Civil Veterinary Department. Madras. Admin. report 1926-33 - 1926-1933
Year: 1926
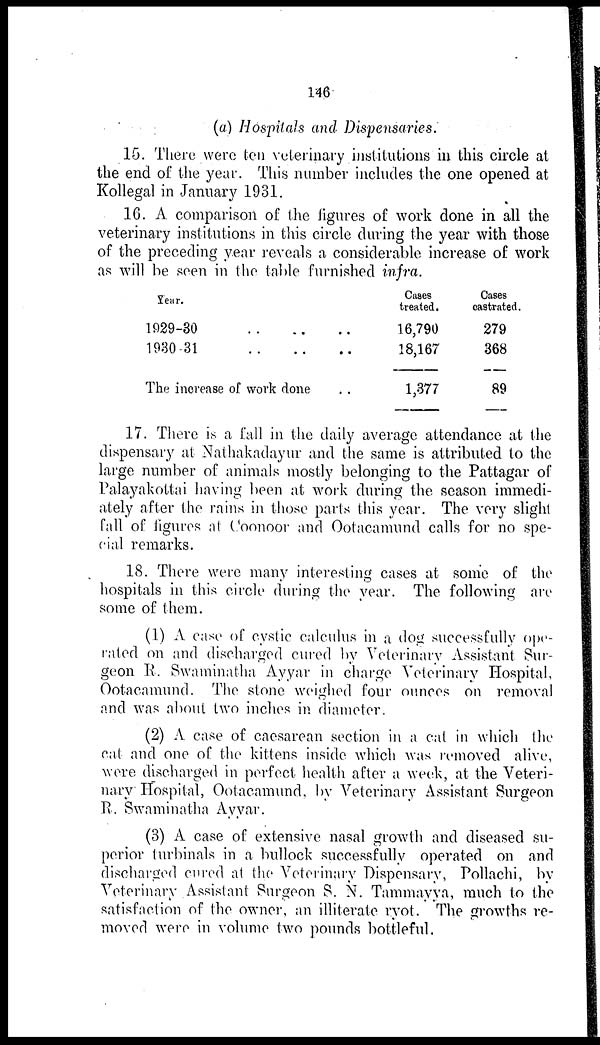
146
(a) Hospitals and Dispensaries.
15. There were ten veterinary institutions in this circle at
the end of the year. This number includes the one opened at
Kollegal in January 1931.
16. A comparison of the figures of work done in all the
veterinary institutions in this circle during the year with those
of the preceding year reveals a considerable increase of work
as will be seen in the table furnished infra.
Year.
1929-30
..
..
..
1930-31
..
..
..
The increase of work done ..
Cases
treated.
16,790
18,167
1,377
Cases
castrated.
279
368
89
17. There is a fall in the daily average attendance at the
dispensary at Nathakadayur and the same is attributed to the
large number of animals mostly belonging to the Pattagar of
Palayakottai having been at work during the season immedi-
ately after the rains in those parts this year. The very slight
fall of figures at Coonoor and Ootacamund calls for no spe-
cial remarks.
18. There were many interesting cases at some of the
hospitals in this circle during the year. The following are
some of them.
(1) A ease of cystic calculus in a dog successfully ope-
rated on and discharged cured by Veterinary Assistant Sur-
geon R. Swaminatha Ayyar in charge Veterinary Hospital,
Ootacamund. The stone weighed four ounces on removal
and was about two inches in diameter.
(2) A case of caesarean section in a cat in which the
cat and one of the kittens inside which was removed alive,
were discharged in perfect health after a week, at the Veteri-
nary Hospital, Ootacamund, by Veterinary Assistant Surgeon
R. Swaminatha Ayyar.
(3) A case of extensive nasal growth and diseased su-
perior turbinals in a bullock successfully operated on and
discharged cured at the Veterinary Dispensary, Pollachi, by
Veterinary Assistant Surgeon S. N. Tammayya, much to the
satisfaction of the owner, an illiterate ryot. The growths re-
moved were in volume two pounds bottleful.